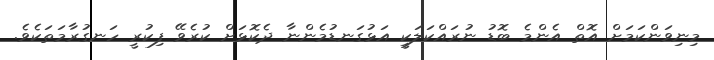
މިިނިވަންކަމަށް އޮތް އެންމެ ބޮޑު ނުރައްކަލަކީ އަޅުގަނޑުމެންނާ ދެކޮޅަށް ކުރެވޭ ފިކުރީ ހަނގުރާމަތަކެވެ.